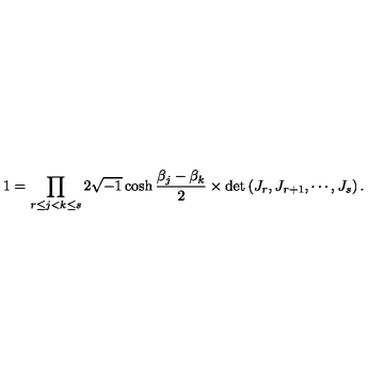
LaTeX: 1 = \prod _ { r \le j < k \le s } 2 \sqrt { - 1 } \cosh \frac { \beta _ { j } - \beta _ { k } } { 2 } \times \det \left( J _ { r } , J _ { r + 1 } , \cdots , J _ { s } \right) .